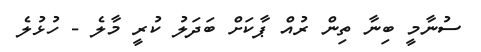
ސުނާމީ ބިނާ ތިން ރުއް ޕާކަށް ބަދަލު ކުރީ މާލެ - ހުޅުލެ